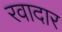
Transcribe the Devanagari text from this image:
रवादार